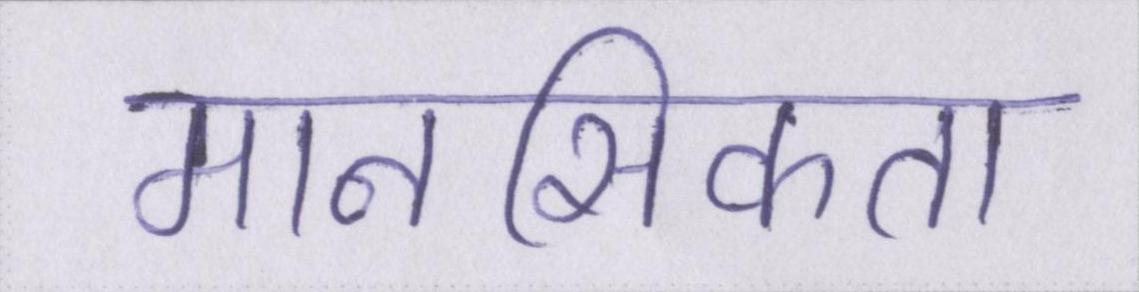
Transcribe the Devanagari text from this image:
मानसिकता